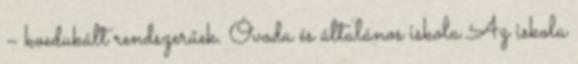
– koedukált rendszerűek. Óvoda és általános iskola Az iskola